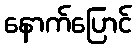
နောက်ပြောင်